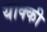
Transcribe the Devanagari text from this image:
याक्की